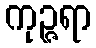
ကုဉ္ဇရာ